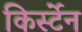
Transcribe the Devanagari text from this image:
किर्स्टेन